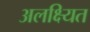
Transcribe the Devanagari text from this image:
अलक्ष्यित